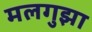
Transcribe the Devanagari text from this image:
मलगुझा